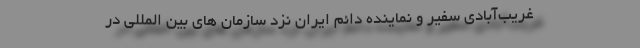
غریب‌آبادی سفیر و نماینده دائم ایران نزد سازمان های بین المللی در